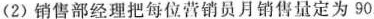
(2)销售部经理把每位营销员月销售量定为90